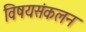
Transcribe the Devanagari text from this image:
विषयसंकलन